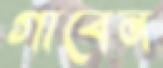
গাবেন